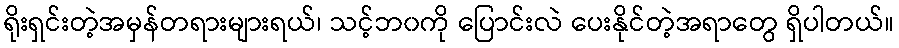
ရိုးရှင်းတဲ့အမှန်တရားများရယ်၊ သင့်ဘ၀ကို ပြောင်းလဲ ပေးနိုင်တဲ့အရာတွေ ရှိပါတယ်။